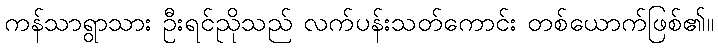
ကန်သာရွာသား ဦးရင်ညိုသည် လက်ပန်းသတ်ကောင်း တစ်ယောက်ဖြစ်၏။